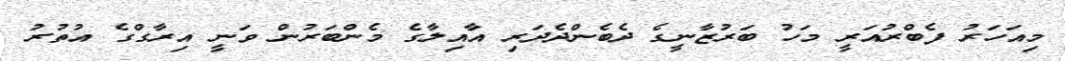
މިއަހަރު ފެބްރުއަރީ މަހު ބަރުޒާނީގެ ދެބެންދެދަރި އާއިލާގެ މެންބަރުން ވަނީ އިރާގްގެ އުތުރު